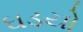
ઘડયો